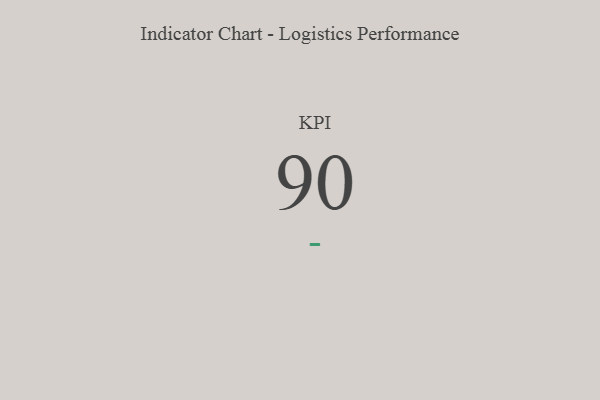
{"axis": {"x": "KPI", "y": "Value"}, "legend": [""], "data": [{"x": "KPI", "y": 90, "type": ""}]}